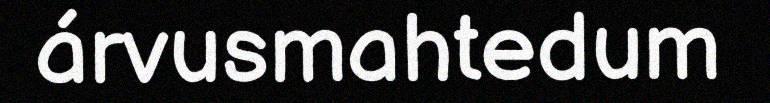
árvusmahtedum